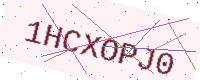
Text: 1HCXOPJ0